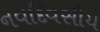
નવદિવસીય